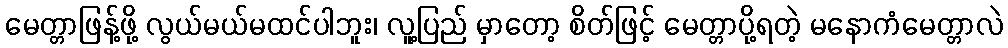
မေတ္တာဖြန့်ဖို့ လွယ်မယ်မထင်ပါဘူး၊ လူ့ပြည် မှာတော့ စိတ်ဖြင့် မေတ္တာပို့ရတဲ့ မနောကံမေတ္တာလဲ